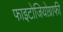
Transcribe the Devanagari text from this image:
फाइटोजियोग्राफी